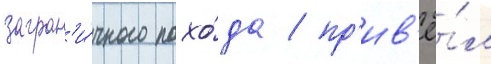
загран'и́чного похо́да / пр'ив'ё́л